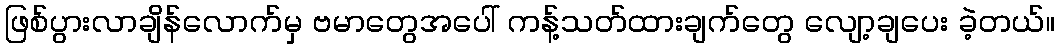
ဖြစ်ပွားလာချိန်လောက်မှ ဗမာတွေအပေါ် ကန့်သတ်ထားချက်တွေ လျော့ချပေး ခဲ့တယ်။